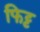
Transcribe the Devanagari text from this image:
फिट्ट